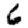
Digit: 6